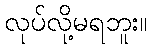
လုပ်လို့မရဘူး။